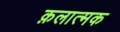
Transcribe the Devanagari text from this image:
क़लात्मक